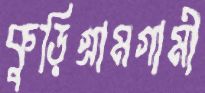
কুড়িগ্রামগামী